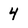
Character: 4